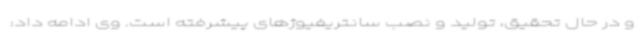
و در حال تحقیق، تولید و نصب سانتریفیوژهای پیشرفته است. وی ادامه داد: